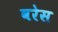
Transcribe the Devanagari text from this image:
वरेस